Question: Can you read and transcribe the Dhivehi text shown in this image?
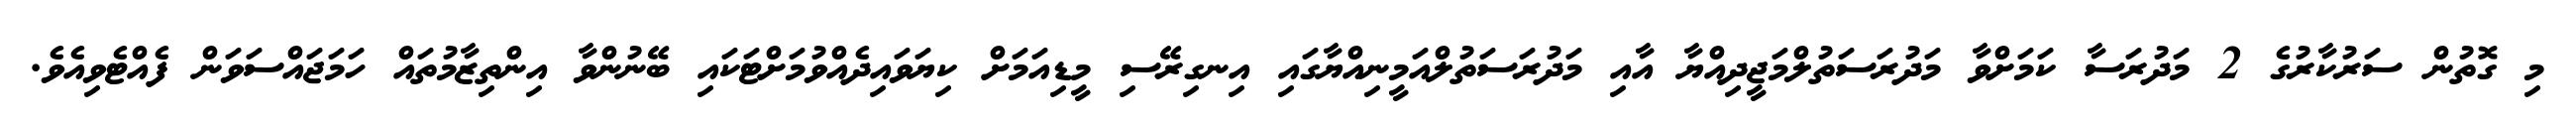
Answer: މި ގޮތުން ސަރުކާރުގެ 2 މަދުރަސާ ކަމަށްވާ މަދުރަސަތުލްމަޖީދިއްޔާ އާއި މަދުރަސަތުލްއަމީނިއްޔާގައި އިނގިރޭސި މީޑިއަމަށް ކިޔަވައިދެއްވުމަށްޓަކައި ބޭނުންވާ އިންތިޒާމުތައް ހަމަޖައްސަވަން ފެއްޓެވިއެވެ.